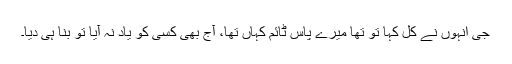
جی انہوں نے کل کہا تو تھا میرے پاس ٹائم کہاں تھا، آج بھی کسی کو یاد نہ آیا تو بنا ہی دیا۔